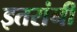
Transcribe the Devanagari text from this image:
इतरांनीं